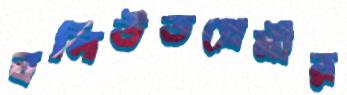
বলিউডপ্রেমীর